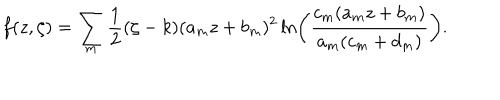
LaTeX: f ( z , \zeta ) = \sum _ { m } \frac { 1 } { 2 } ( \zeta - k ) ( a _ { m } z + b _ { m } ) ^ { 2 } \ln \left( \frac { c _ { m } ( a _ { m } z + b _ { m } ) } { a _ { m } ( c _ { m } + d _ { m } ) } \right) .